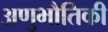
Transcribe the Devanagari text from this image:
अणुभौतिकी